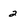
Character: 2